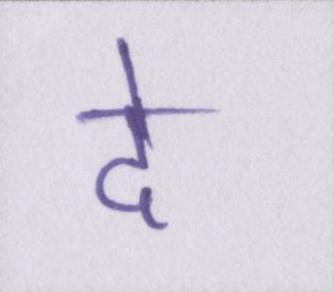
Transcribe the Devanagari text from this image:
दे